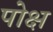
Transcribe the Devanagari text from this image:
पोक्ष